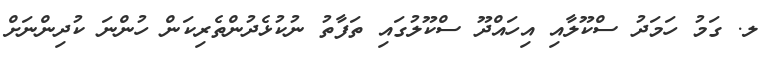
ލ. ގަމު ހަމަދު ސްކޫލާއި އިހައްދޫ ސްކޫލުގައި ތަފާތު ނުކުޅެދުންތެރިކަން ހުންނަ ކުދިންނަށް